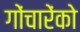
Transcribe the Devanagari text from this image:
गोंचारेंको